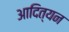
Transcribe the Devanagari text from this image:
आदित्यन